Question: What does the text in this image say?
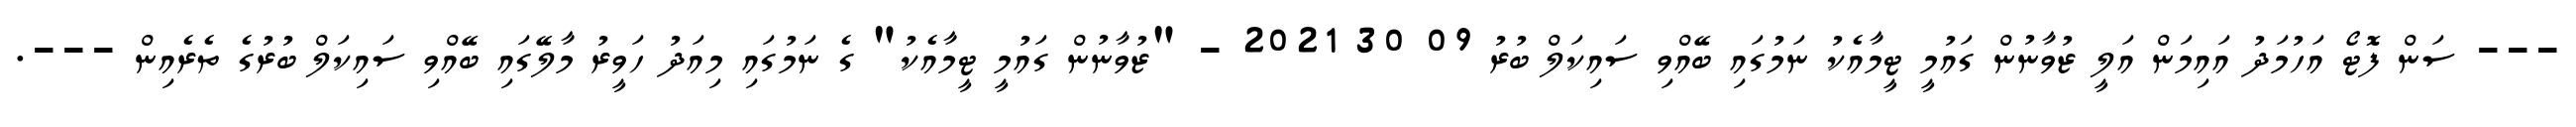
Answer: --- ސަން ފޮޓޯ އަހުމަދު އައިމަން އަލީ ޒުވާނުން ގައުމީ ޓީމާއެކު ނަމުގައި ބޭއްވި ސައިކަލް ބުރު 09 30 2021 - "ޒުވާނުން ގައުމީ ޓީމާއެކު" ގެ ނަމުގައި މިއަދު ހަވީރު މާލޭގައި ބޭއްވި ސައިކަލް ބުރުގެ ތެރެއިން ---.